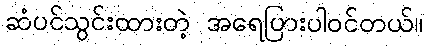
ဆံပင်သွင်းထားတဲ့ အရေပြားပါဝင်တယ်။